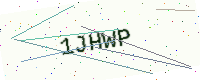
Text: 1JHWP